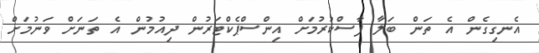
އެނގިގެން އެ ތަން ބަލާ ފާސްކުރުމަށް އިންސްޕެކްޓަރުން ދިއުމުން އެ ތަނަށް ވަނުމަށް